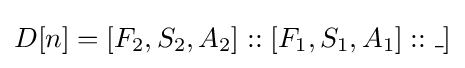
D[n]=[F_{2},S_{2},A_{2}]::[F_{1},S_{1},A_{1}]::\_]